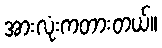
အားလုံးကတားတယ်။